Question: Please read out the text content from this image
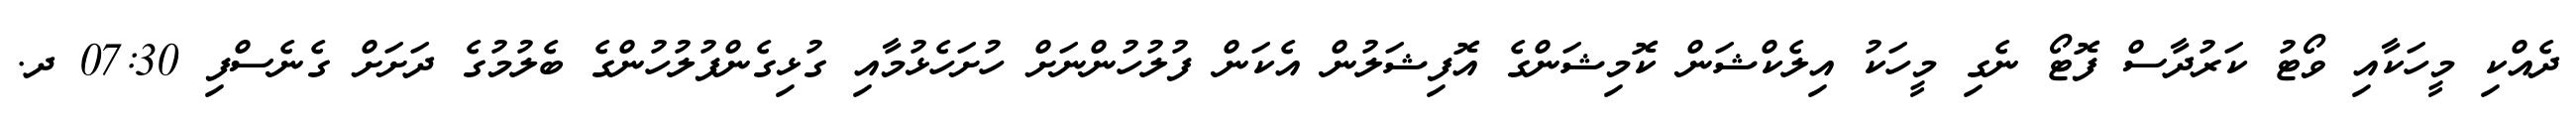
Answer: ދެއްކި މީހަކާއި ވޯޓު ކަރުދާސް ފޮޓޯ ނެގި މީހަކު އިލެކްޝަން ކޮމިޝަންގެ އޮފިޝަލުން އެކަން ފުލުހުންނަށް ހުށަހެޅުމާއި ގުޅިގެންފުލުހުންގެ ބެލުމުގެ ދަށަށް ގެނެސްފި 07:30 ދ.